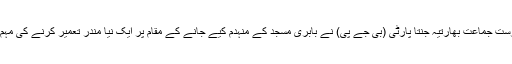
مودی کی قوم پرست جماعت بھارتیہ جنتا پارٹی (بی جے پی) نے بابری مسجد کے منہدم کیے جانے کے مقام پر ایک نیا مندر تعمیر کرنے کی مہم شروع کی تھی۔